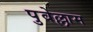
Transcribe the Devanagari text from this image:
पुवेल्लाम